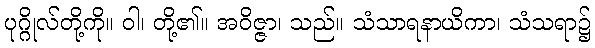
ပုဂ္ဂိုလ်တို့ကို။ ဝါ၊ တို့၏။ အဝိဇ္ဇာ၊ သည်။ သံသာရနာယိကာ၊ သံသရာ၌